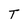
Character: T